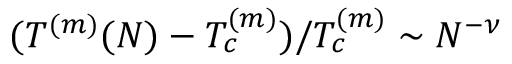
( T ^ { ( m ) } ( N ) - T _ { c } ^ { ( m ) } ) / T _ { c } ^ { ( m ) } \sim N ^ { - \nu }